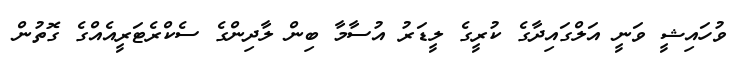
ވުހައިޝީ ވަނީ އަލްގައިދާގެ ކުރީގެ ލީޑަރު އުސާމާ ބިން ލާދިންގެ ސެކްރެޓަރީއެއްގެ ގޮތުން